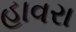
હાવરા